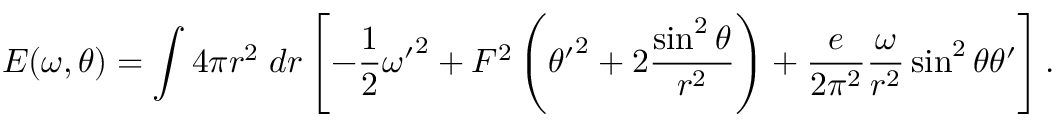
E ( \omega , \theta ) = \int 4 \pi r ^ { 2 } \; d r \left[ - { \frac { 1 } { 2 } } { \omega ^ { \prime } } ^ { 2 } + F ^ { 2 } \left( { \theta ^ { \prime } } ^ { 2 } + 2 { \frac { \sin ^ { 2 } \theta } { r ^ { 2 } } } \right) + { \frac { e } { 2 \pi ^ { 2 } } } { \frac { \omega } { r ^ { 2 } } } \sin ^ { 2 } { \theta } \theta ^ { \prime } \right] .